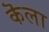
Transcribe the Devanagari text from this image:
कॆला